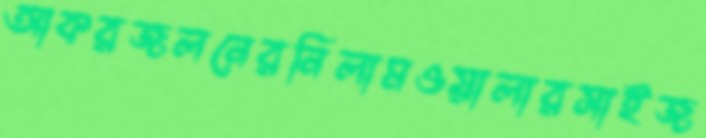
আকরজলনেরনিলামওয়ালারসাইজ